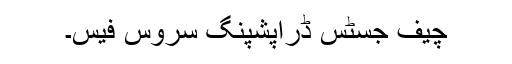
چیف جسٹس ڈراپشپنگ سروس فیس۔